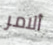
ألامر